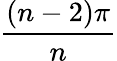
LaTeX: \frac{(n-2)\pi}{n}